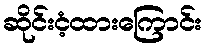
ဆိုင်းငံ့ထားကြောင်း